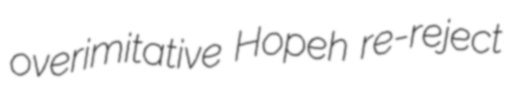
overimitative Hopeh re-reject